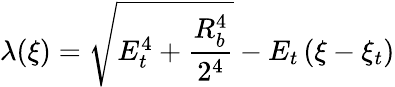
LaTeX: \lambda(\xi)=\sqrt{E_{t}^{4}+\frac{R_{b}^{4}}{2^{4}}}-E_{t}\left(\xi-\xi_{t}\right)